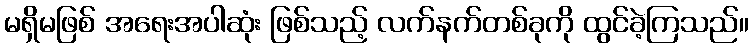
မရှိမဖြစ် အရေးအပါဆုံး ဖြစ်သည့် လက်နက်တစ်ခုကို ထွင်ခဲ့ကြသည်။